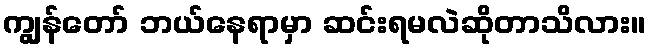
ကျွန်တော် ဘယ်နေရာမှာ ဆင်းရမလဲဆိုတာသိလား။